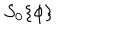
LaTeX: S _ { 0 } \{ \phi \}